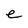
Character: e